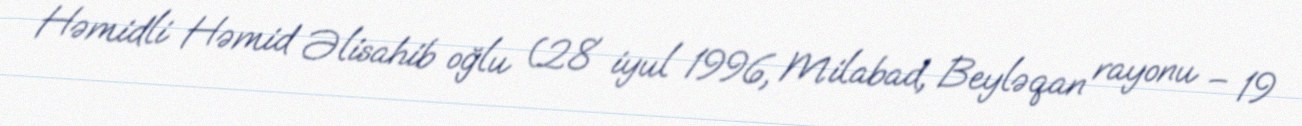
Həmidli Həmid Əlisahib oğlu (28 iyul 1996, Milabad, Beyləqan rayonu – 19